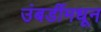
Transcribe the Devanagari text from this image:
उंबर्डीमधून